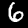
Label: 6